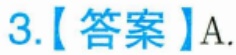
3.【答案】A.